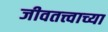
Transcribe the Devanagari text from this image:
जीवतत्त्वाच्या